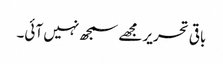
باقی تحریر مجھے سمجھ نہیں آئی۔